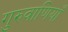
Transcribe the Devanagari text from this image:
गुरुवाणियाँ